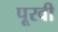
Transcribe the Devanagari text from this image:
पूरवी